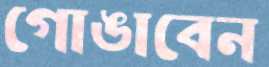
গোঙাবেন